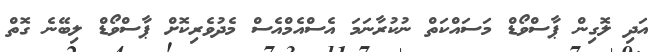
އަދި ލޮގިން ޕާސްވޯޑް މަސައްކަތް ނުކުރާނަމަ އެސްއެމްއެސް މެދުވެރިކޮށް ޕާސްވޯޑް ލިބޭނެ ގޮތް